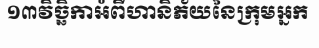
១៣វិច្ឆិកាអំពីហានិភ័យនៃក្រុមអ្នក